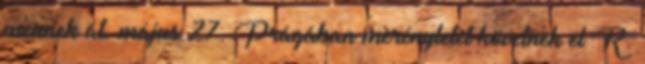
mennek át. május 27. Prágában merényletet követnek el R.